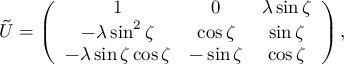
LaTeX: \tilde { U } = \left( \begin{array} { c c c } { { 1 } } & { { 0 } } & { { \lambda \sin \zeta } } \\ { { - \lambda \sin ^ { 2 } \zeta } } & { { \cos \zeta } } & { { \sin \zeta } } \\ { { - \lambda \sin \zeta \cos \zeta } } & { { - \sin \zeta } } & { { \cos \zeta } } \end{array} \right) ,